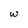
Character: w